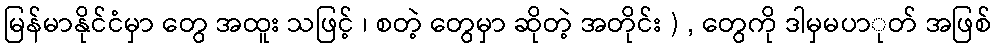
မြန်မာနိုင်ငံမှာ တွေ အထူး သဖြင့် ၊ စတဲ့ တွေမှာ ဆိုတဲ့ အတိုင်း ) , တွေကို ဒါမှမပာုတ် အဖြစ်